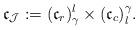
LaTeX: \begin{align*}\mathfrak{c}_{\mathcal{J}}:=(\mathfrak{c}_{r})_{\gamma}^{l}\times(\mathfrak{c}_{c})_{l}^{\gamma}. \end{align*}